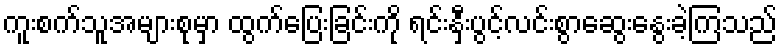
ကူးစက်သူအများစုမှာ ထွက်ပြေးခြင်းကို ရင်းနှီးပွင့်လင်းစွာဆွေးနွေးခဲ့ကြသည်